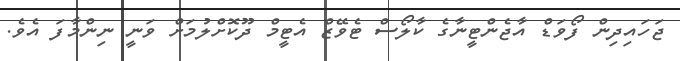
ޖަހައިދިން ފޯވަޑް އާޖެންޓީނާގެ ކާލޯސް ޓެވޭޒް އެޓީމް ދޫކޮށްލުމަށް ވަނީ ނިންމާފަ އެވެ.